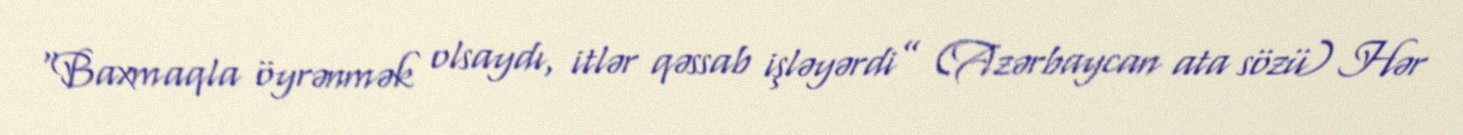
“Baxmaqla öyrənmək olsaydı, itlər qəssab işləyərdi” (Azərbaycan ata sözü) Hər